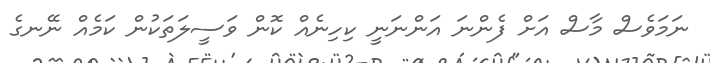
ނަމަވެސް މާސް އަށް ފެންނަ އަންނަނީ ކިހިނެއް ކޮން ވަސީލަތަކުން ކަމެއް ނޭނގެ